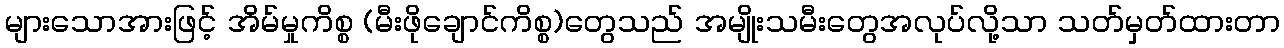
များသောအားဖြင့် အိမ်မှုကိစ္စ (မီးဖိုချောင်ကိစ္စ)တွေသည် အမျိုးသမီးတွေအလုပ်လို့သာ သတ်မှတ်ထားတာ